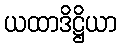
ယထာဒိဋ္ဌိယာ